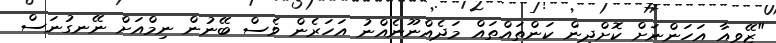
"ޒޭވިއާ އަހަންނަށް ކޮށްދިން ކަންތައްތައް މަދެއްނޫނެއްނު އަހަރެން ވެސް ބޭނުން ނިމްއަށް ނޭނގުނަސް